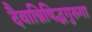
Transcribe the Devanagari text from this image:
दैवान्निषिद्धगुरुगा